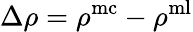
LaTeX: \Delta\rho=\rho^{\mathrm{mc}}-\rho^{\mathrm{ml}}